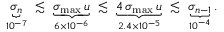
\begin{array} { r } { \underbrace { \sigma _ { n } } _ { 1 0 ^ { - 7 } } \ \lesssim \ \underbrace { \sigma _ { \operatorname* { m a x } } \, u } _ { 6 \times 1 0 ^ { - 6 } } \ \lesssim \ \underbrace { 4 \, \sigma _ { \operatorname* { m a x } } \, u } _ { 2 . 4 \times 1 0 ^ { - 5 } } \ \lesssim \ \underbrace { \sigma _ { n - 1 } } _ { 1 0 ^ { - 4 } } . } \end{array}